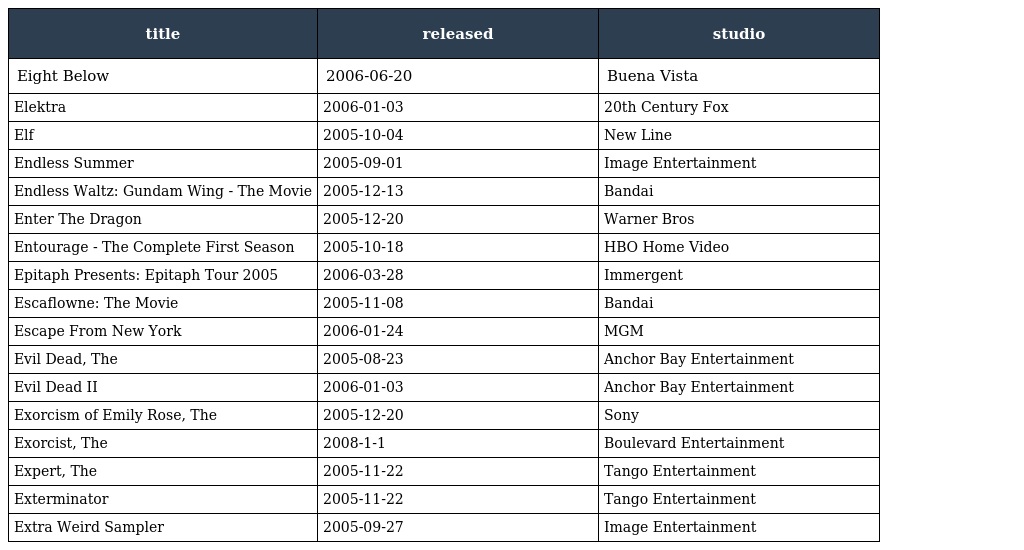
| title | released | studio |
 | --- | --- | --- |
 | Eight Below | 2006-06-20 | Buena Vista |
 | Elektra | 2006-01-03 | 20th Century Fox |
 | Elf | 2005-10-04 | New Line |
 | Endless Summer | 2005-09-01 | Image Entertainment |
 | Endless Waltz: Gundam Wing - The Movie | 2005-12-13 | Bandai |
 | Enter The Dragon | 2005-12-20 | Warner Bros |
 | Entourage - The Complete First Season | 2005-10-18 | HBO Home Video |
 | Epitaph Presents: Epitaph Tour 2005 | 2006-03-28 | Immergent |
 | Escaflowne: The Movie | 2005-11-08 | Bandai |
 | Escape From New York | 2006-01-24 | MGM |
 | Evil Dead, The | 2005-08-23 | Anchor Bay Entertainment |
 | Evil Dead II | 2006-01-03 | Anchor Bay Entertainment |
 | Exorcism of Emily Rose, The | 2005-12-20 | Sony |
 | Exorcist, The | 2008-1-1 | Boulevard Entertainment |
 | Expert, The | 2005-11-22 | Tango Entertainment |
 | Exterminator | 2005-11-22 | Tango Entertainment |
 | Extra Weird Sampler | 2005-09-27 | Image Entertainment |